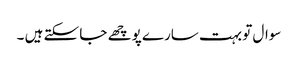
سوال تو بہت سارے پوچھے جا سکتے ہیں ۔